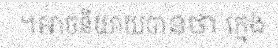
។អាចនិយាយបានថា ក្មេង